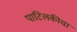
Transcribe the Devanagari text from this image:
पाटिलकीचा